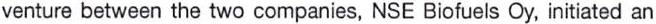
venture between the two companies, NSE Biofuels Oy, initiated an